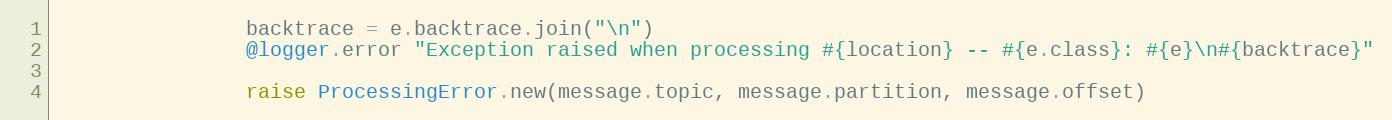
Language: Ruby
                backtrace = e.backtrace.join("\n")
                @logger.error "Exception raised when processing #{location} -- #{e.class}: #{e}\n#{backtrace}"

                raise ProcessingError.new(message.topic, message.partition, message.offset)